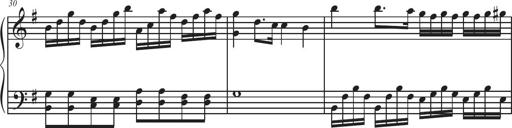
Title: Sonatina Espania
Composer: Jerald Franklin Archer
Key: Various